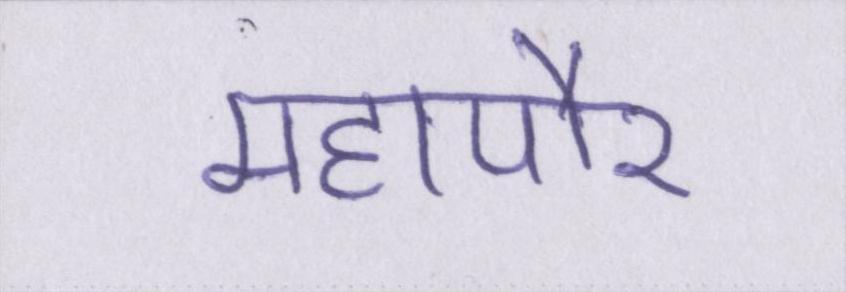
महापौर